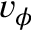
v _ { \phi }